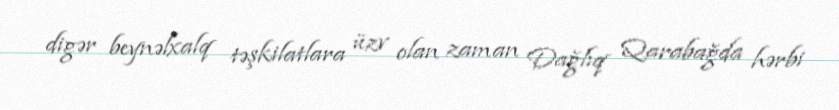
digər beynəlxalq təşkilatlara üzv olan zaman Dağlıq Qarabağda hərbi